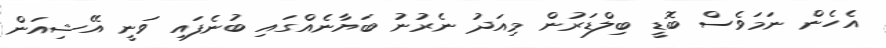
އެހެން ނަމަވެސް ބޮޑީ ބިލްޑަރުން މިއަދު ނެރުނު ބަޔާނެއްގައި ބުނެފައި ވަނީ އޭޝިއަން